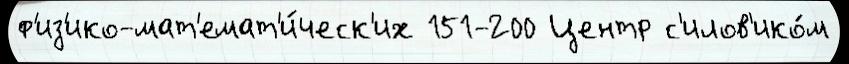
ф'из'ико-мат'емат'и́ческ'их 151-200 Центр с'илов'ико́м